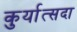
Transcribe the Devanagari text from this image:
कुर्यात्सदा